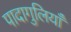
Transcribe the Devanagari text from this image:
पादागुलियाँ